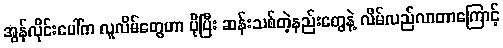
အွန်လိုင်းပေါ်က လူလိမ်တွေဟာ ပိုပြီး ဆန်းသစ်တဲ့နည်းတွေနဲ့ လိမ်လည်လာတာကြောင့်